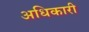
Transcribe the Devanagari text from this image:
अधिकारी